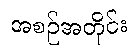
အစဉ်အတိုင်း